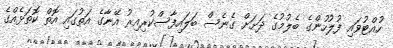
ހުއްޓުވައި ފުލުހުންގެ ބެލުމުގެ ދަށަށް ގެނެސް ބަލައިފާސްކުރިއިރު އޭނާގެ އަތުގައި އޮތް ކޮތަޅެއްގެ